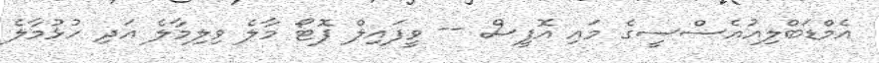
އެމްޑަބްލިއުއެސްސީގެ މައި އޮފީސް -- ވީފައިލް ފޮޓޯ މާލެ ވިލިމާލެ އަދި ހުޅުމާލެ